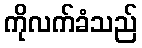
ကိုလက်ခံသည်